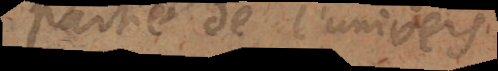
partie de l’univers,